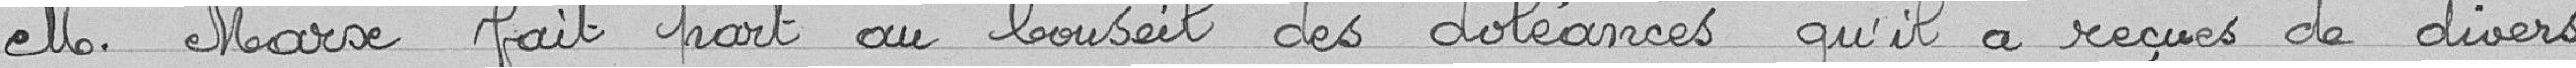
Monsieur Marx fait part au conseil des doléances qu'il a reçues de divers